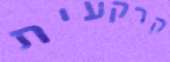
קרקעית